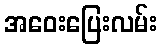
အဝေးပြေးလမ်း